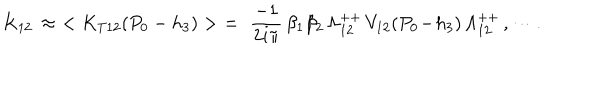
LaTeX: K _ { 1 2 } \, \approx \, \, < K _ { T 1 2 } ( P _ { 0 } - h _ { 3 } ) > \, \, = \, \, { \frac { - 1 } { 2 i \pi } } \, \beta _ { 1 } \beta _ { 2 } \, \Lambda _ { 1 2 } ^ { + + } \, V _ { 1 2 } ( P _ { 0 } \! - \! h _ { 3 } ) \, \Lambda _ { 1 2 } ^ { + + } \, , \cdots .